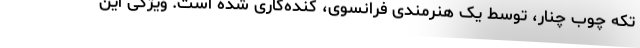
تکه چوب چنار، توسط یک هنرمندی فرانسوی، کنده‌کاری شده است. ویژگی این